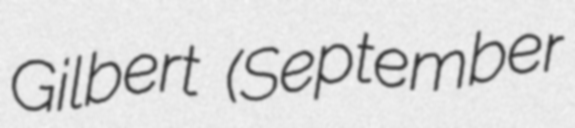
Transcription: Gilbert (September